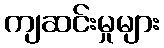
ကျဆင်းမှုများ